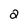
Character: 2